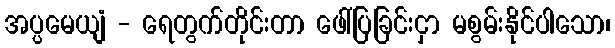
အပ္ပမေယျံ - ရေတွက်တိုင်းတာ ဖေါ်ပြခြင်းငှာ မစွမ်းနိုင်ပါသော၊